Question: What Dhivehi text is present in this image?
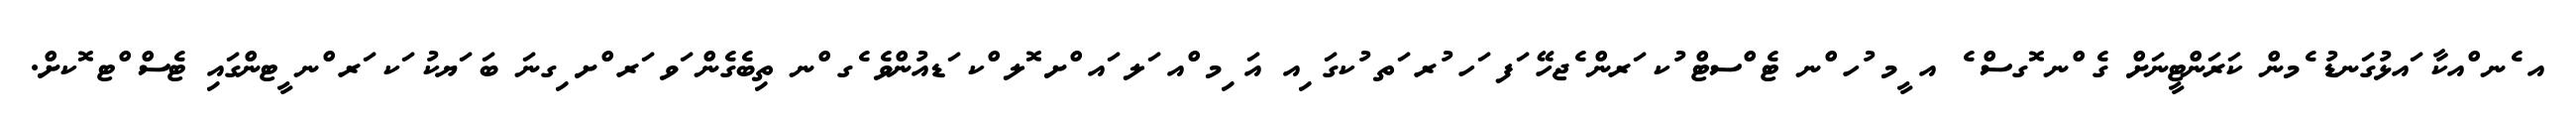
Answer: އ ެނ ްއކާ ައޅުގަނޑު ެމން ކަރަންޓީނަށް ގެ ްނ ޮގސް ެ އ ީމ ުހ ްނ ޓެ ްސޓް ުކ ަރން ެޖހޭ ަފ ަހ ުރ ަތ ުކގަ ިއ އަ ިމ ްއ ަލ ައ ްށ ޮލ ްކ ަޑއުންވެ ެގ ްނ ތިބެގެން ަވ ަރ ްށ ިގނަ ބަ ަޔކު ަކ ަރ ްނ ީޓންގައި ޓެސް ްޓ ޮކށް.